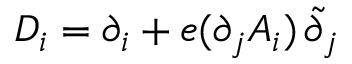
D _ { i } = \partial _ { i } + e ( \partial _ { j } A _ { i } ) \, \tilde { \partial } _ { j }